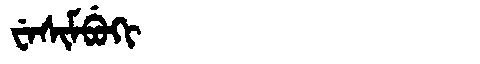
Manchu: ᠸᡝᠰᡳᠮᠪᡠᡴᡳ
Romanization: WESIMBUKI